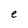
Character: e